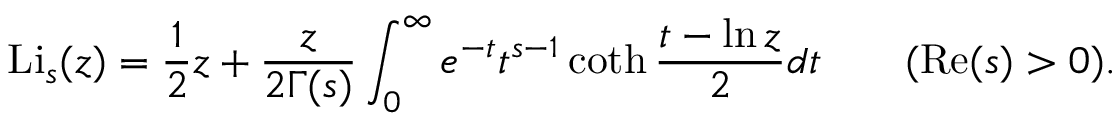
\operatorname { L i } _ { s } ( z ) = { \frac { 1 } { 2 } } z + { \frac { z } { 2 \Gamma ( s ) } } \int _ { 0 } ^ { \infty } e ^ { - t } t ^ { s - 1 } \coth { \frac { t - \ln z } { 2 } } d t \qquad ( \operatorname { R e } ( s ) > 0 ) .